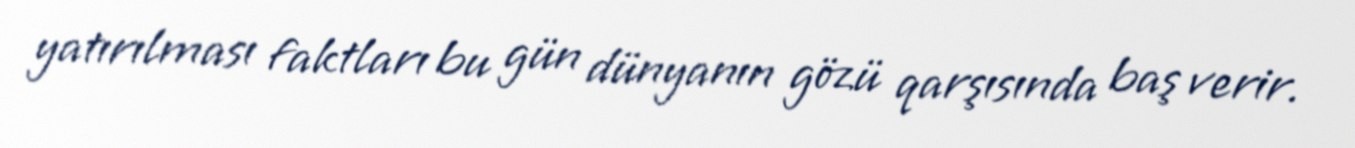
yatırılması faktları bu gün dünyanın gözü qarşısında baş verir.